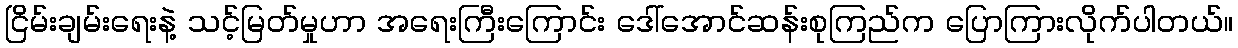
ငြိမ်းချမ်းရေးနဲ့ သင့်မြတ်မှုဟာ အရေးကြီးကြောင်း ဒေါ်အောင်ဆန်းစုကြည်က ပြောကြားလိုက်ပါတယ်။